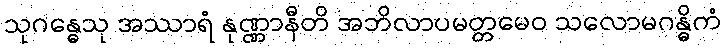
သုဂန္ဓေသု အဿာရံ နုဏ္ဏာနီတိ အဘိလာပမတ္တမေဝ သလောမဂန္ဓိကံ